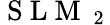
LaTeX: \mathrm{~S~L~M~}_{\mathrm{~2~}}